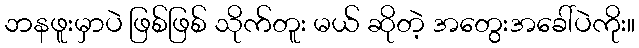
ဘနဖူးမှာပဲ ဖြစ်ဖြစ် သိုက်တူး မယ် ဆိုတဲ့ အတွေးအခေါ်ပဲကိုး။